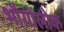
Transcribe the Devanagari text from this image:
भौगोलोक